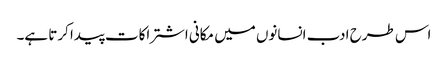
اس طرح ادب انسانوں میں مکانی اشتراکات پیدا کرتا ہے۔